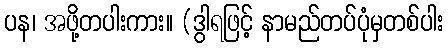
ပန၊ အဖို့တပါးကား။ (ဒွါရဖြင့် နာမည်တပ်ပုံမှတစ်ပါး